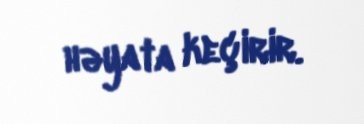
həyata keçirir.